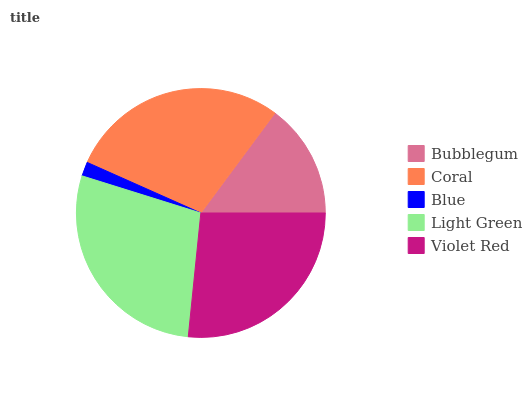
| Bubblegum | Coral | Blue | Light Green | Violet Red |
 | --- | --- | --- | --- | --- |
 | 14.9% | 28.5% | 1.85% | 28.2% | 26.6% |